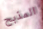
المذبح